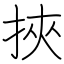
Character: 挾